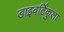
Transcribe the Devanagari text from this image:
डाइवर्टिकुला